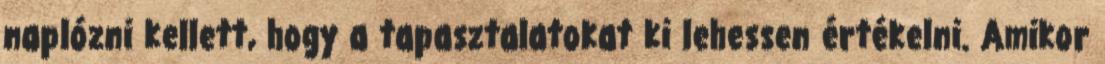
naplózni kellett, hogy a tapasztalatokat ki lehessen értékelni. Amikor